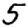
Digit: 5